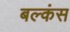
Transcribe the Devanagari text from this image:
बल्कंस